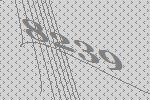
8239